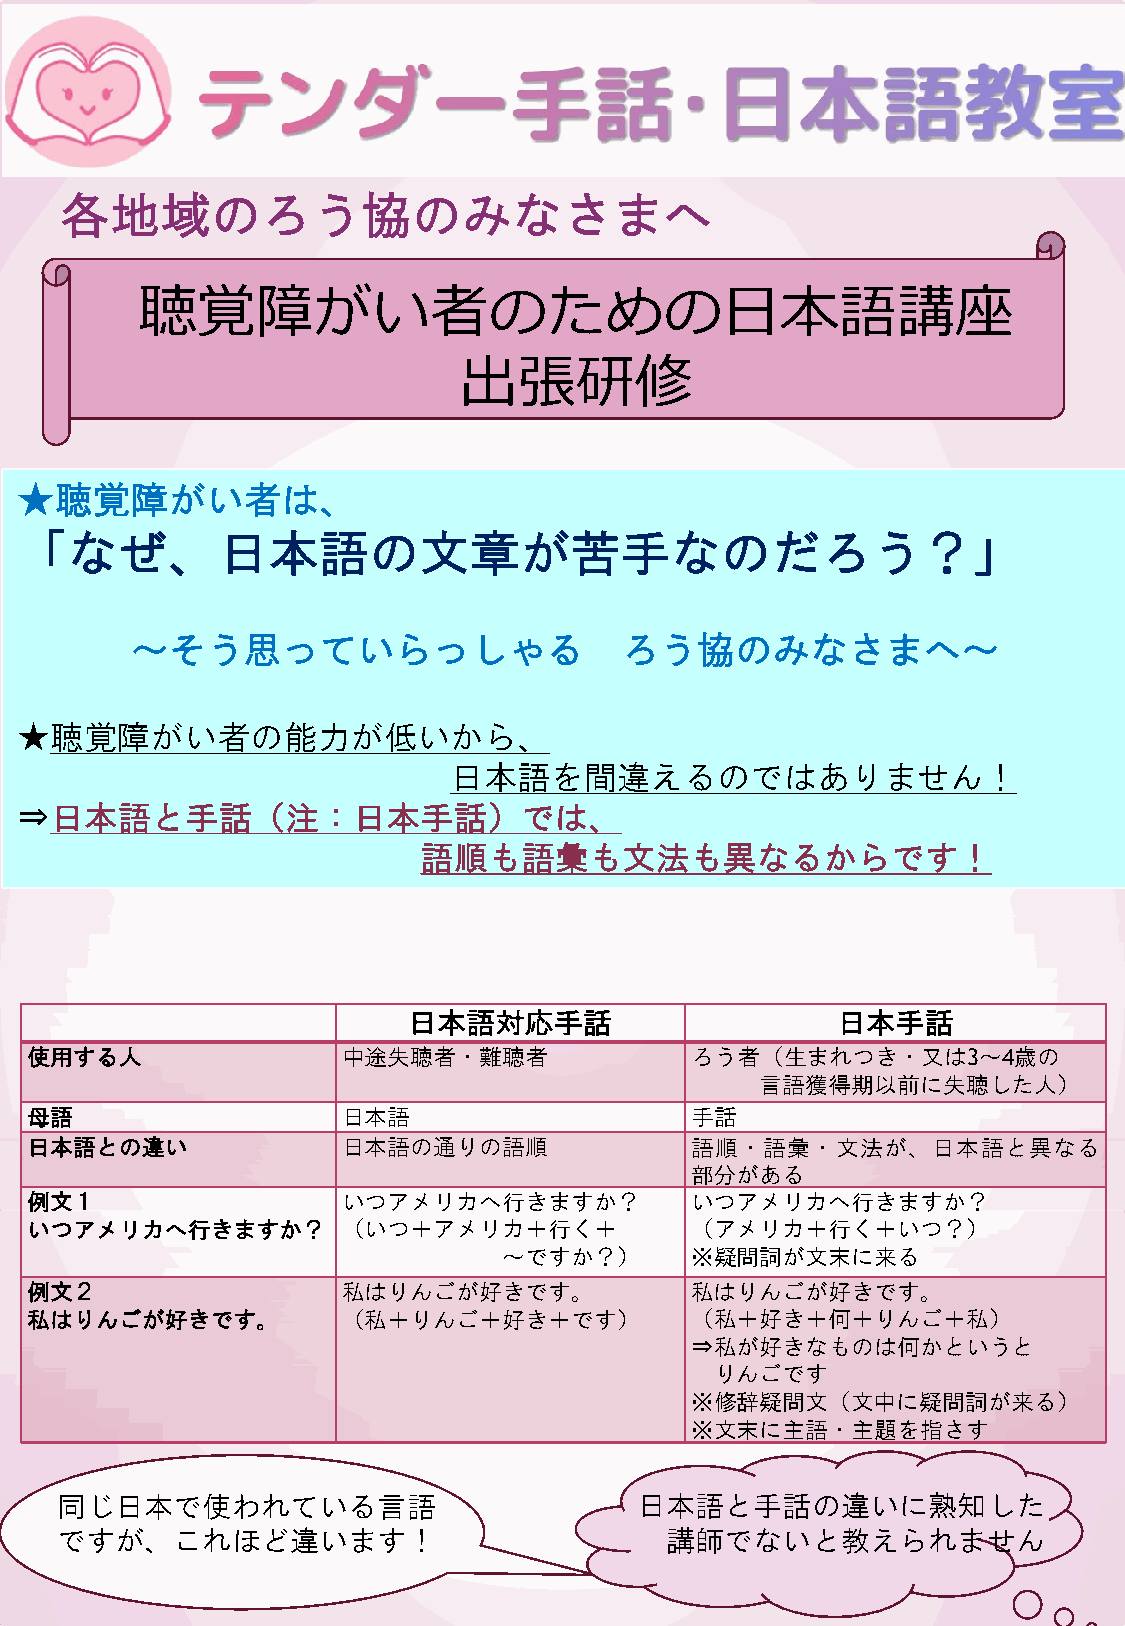
各地域のろう協のみなさまへ
 聴覚障がい者のための日本語講座
 出張研修
 ★聴覚障がい者は、
 「なぜ、日本語の文章が苦手なのだろう？」
 ～そう思っていらっしゃる                    ろう協のみなさまへ～
 ★聴覚障がい者の能力が低いから、
 日本語を間違えるのではありません！
 ⇒日本語と手話（注：日本手話）では、
 語順も語彙も文法も異なるからです！
 日本語対応手話                     日本手話
 使用する人                中途失聴者・難聴者              ろう者（生まれつき・又は3～4歳の
 言語獲得期以前に失聴した人）
 母語                   日本語                    手話
 日本語との違い              日本語の通りの語順              語順・語彙・文法が、日本語と異なる
 部分がある
 例文１                  いつアメリカへ行きますか？          いつアメリカへ行きますか？
 いつアメリカへ行きますか？        （いつ＋アメリカ＋行く＋           （アメリカ＋行く＋いつ？）
 ～ですか？）       ※疑問詞が文末に来る
 例文２                  私はりんごが好きです。            私はりんごが好きです。
 私はりんごが好きです。          （私＋りんご＋好き＋です）          （私＋好き＋何＋りんご＋私）
 ⇒私が好きなものは何かというと
 りんごです
 ※修辞疑問文（文中に疑問詞が来る）
 ※文末に主語・主題を指さす
 同じ日本で使われている言語                         日本語と手話の違いに熟知した
 ほの
 ですが、これほど違います！                           講師でないと教えられません